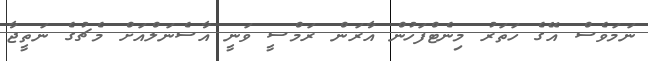
ނަމަވެސް އޭގެ ހަތަރު މިނެޓްފަހުން އާރަން ރަމްސީ ވަނީ އާސެނަލްއަށް މެޗުގެ ނަތީޖާ